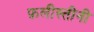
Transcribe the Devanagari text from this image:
फ़लीस्तीनी